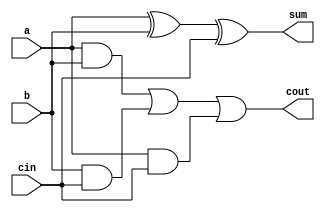
`timescale 1ns / 1ps
//////////////////////////////////////////////////////////////////////////////////
// Company: 
// Engineer: 
// 
// Design Name: 
// Module Name: full_adder
// Project Name: 
// Target Devices: 
// Tool Versions: 
// Description: 
// 
// Dependencies: 
// 
// Revision:
// Revision 0.01 - File Created
// Additional Comments:
// 
//////////////////////////////////////////////////////////////////////////////////


module full_adder( input a,
                   input b,
                   input cin,
                   output sum,
                   output cout);
                   
assign sum = a ^ b ^ cin;
assign cout = (a & b) | (b & cin) | (a & cin);

endmodule